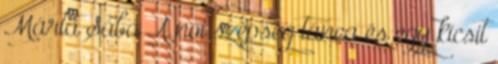
Márta Sába A női szépség tánca és egy kicsit